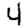
Digit: 4